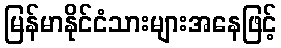
မြန်မာနိုင်ငံသားများအနေဖြင့်